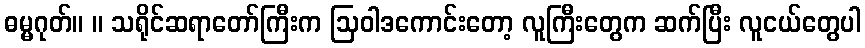
ဓမ္မဂုတ်။ ။ သရိုင်ဆရာတော်ကြီးက ဩဝါဒကောင်းတော့ လူကြီးတွေက ဆက်ပြီး လူငယ်တွေပါ